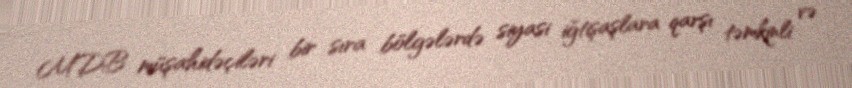
MDB müşahidəçiləri bir sıra bölgələrdə siyasi iğtişaşlara qarşı təmkinli və